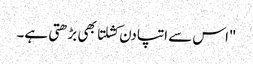
"اس سے اتپادن کشلتا بھی بڑھتی ہے۔